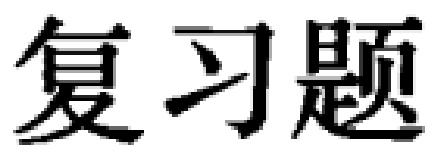
复习题